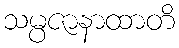
သမ္ပဇာနာထာတိ